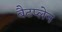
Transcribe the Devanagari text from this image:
बैटप्लेन